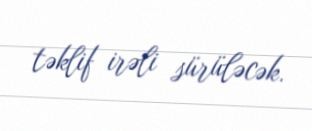
təklif irəli sürüləcək.